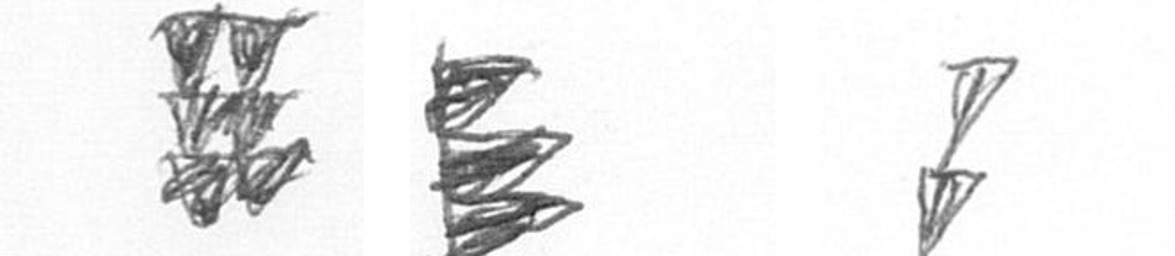
Y H Z